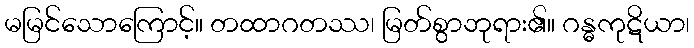
မမြင်သောကြောင့်။ တထာဂတဿ၊ မြတ်စွာဘုရား၏။ ဂန္ဓကုဋိယာ၊